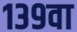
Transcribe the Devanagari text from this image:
१३९वा